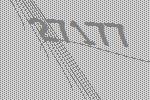
27177